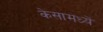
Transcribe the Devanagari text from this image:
केसामध्यें